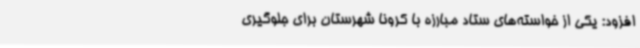
افزود: یکی از خواسته‌های ستاد مبارزه با کرونا شهرستان برای جلوگیری